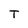
Character: T